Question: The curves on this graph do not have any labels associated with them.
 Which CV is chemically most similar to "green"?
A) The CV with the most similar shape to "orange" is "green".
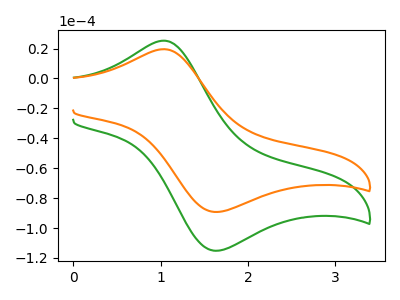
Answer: <think>The green curve "green" has an anodic peak at (1.05V, 25.30uA) and a cathodic peak at (1.65V, -115.10uA). The orange curve "orange" has an anodic peak at (1.05V, 19.60uA) and a cathodic peak at (1.65V, -89.20uA).
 All the peaks in "green" have a peak in "orange" at the same potential. Every peak in "green" is higher than every peak in "orange".</think>
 <answer>A) The CV with the most similar shape to "orange" is "green".</answer>
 <eval>A</eval>